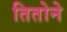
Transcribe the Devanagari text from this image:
तितोने